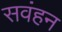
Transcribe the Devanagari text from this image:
सवंहन